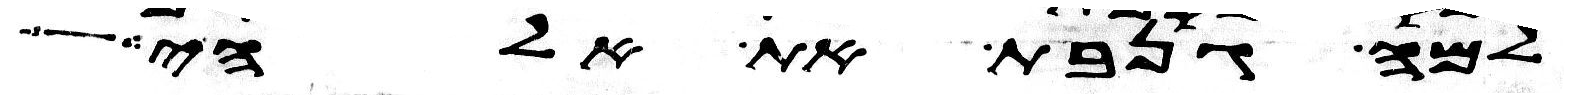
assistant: למה גנבת את אלהי